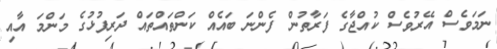
ނަމަވެސް އޭރުވެސް ކުއްޖާގެ ފަރާތުން ފެންނަ ބައެއް ކަންތައްތައް ދަރިފުޅުގެ މަންމަ އާއި